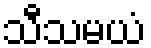
သီသမယံ